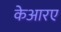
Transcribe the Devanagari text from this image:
केआरए